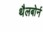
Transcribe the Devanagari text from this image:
थैलबोर्न